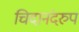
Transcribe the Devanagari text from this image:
चिदानंदरुप